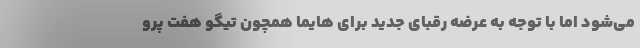
می‌شود اما با توجه به عرضه رقبای جدید برای هایما همچون تیگو هفت پرو